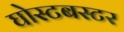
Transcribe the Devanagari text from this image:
घोस्टबस्टर